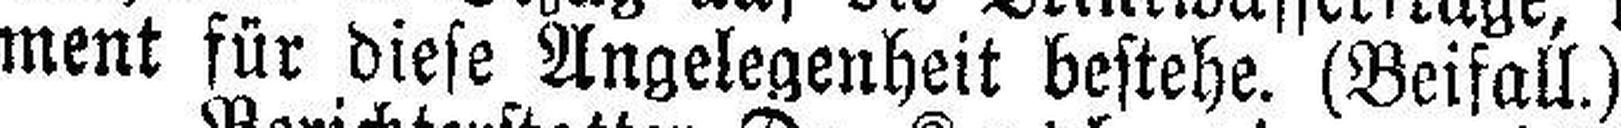
ment für diese Angelegenheit bestehe. (Beifall.)